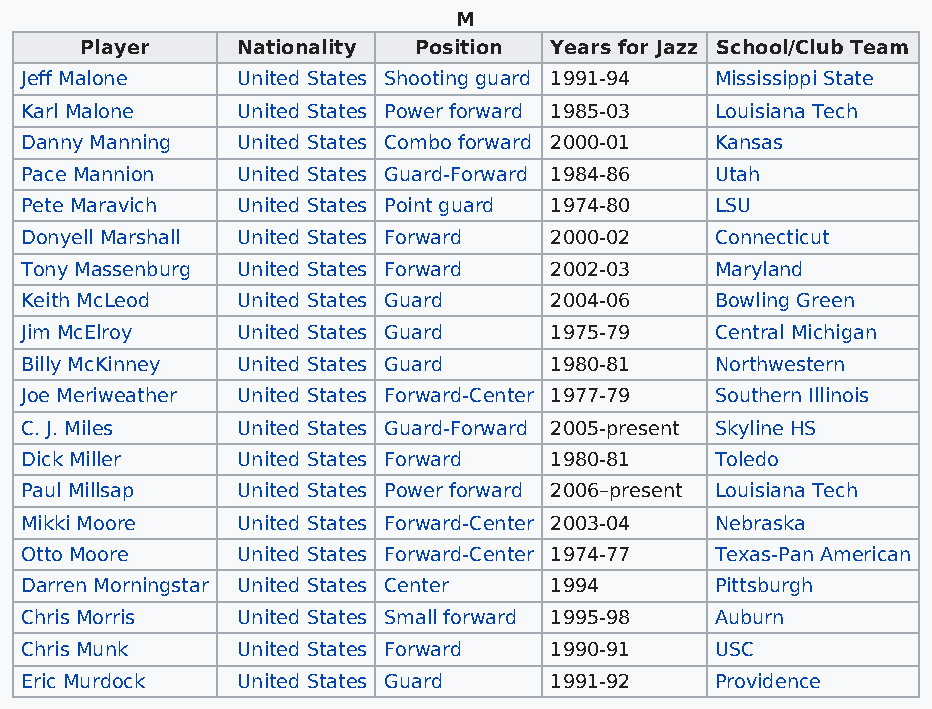
M
 Player     Nationality Position Years for Jazz School/Club Team
 Jeff Malone    United States Shooting guard 1991-94 Mississippi State
 Karl Malone    United States Power forward 1985-03 Louisiana Tech
 Danny Manning  United States Combo forward 2000-01 Kansas
 Pace Mannion   United States Guard-Forward 1984-86 Utah
 Pete Maravich  United States Point guard 1974-80 LSU
 Donyell Marshall United States Forward 2000-02 Connecticut
 Tony Massenburg United States Forward 2002-03 Maryland
 Keith McLeod   United States Guard 2004-06    Bowling Green
 Jim McElroy    United States Guard 1975-79    Central Michigan
 Billy McKinney United States Guard 1980-81    Northwestern
 Joe Meriweather United States Forward-Center 1977-79 Southern Illinois
 C. J. Miles    United States Guard-Forward 2005-present Skyline HS
 Dick Miller    United States Forward 1980-81  Toledo
 Paul Millsap   United States Power forward 2006–present Louisiana Tech
 Mikki Moore    United States Forward-Center 2003-04 Nebraska
 Otto Moore     United States Forward-Center 1974-77 Texas-Pan American
 Darren Morningstar United States Center 1994  Pittsburgh
 Chris Morris   United States Small forward 1995-98 Auburn
 Chris Munk     United States Forward 1990-91  USC
 Eric Murdock   United States Guard 1991-92    Providence